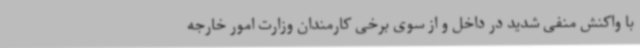
با واکنش منفی شدید در داخل و از سوی برخی کارمندان وزارت امور خارجه